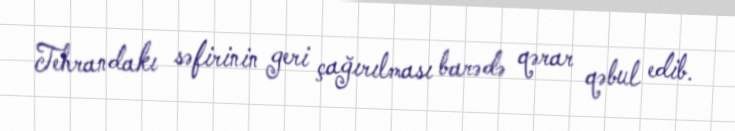
Tehrandakı səfirinin geri çağırılması barədə qərar qəbul edib.